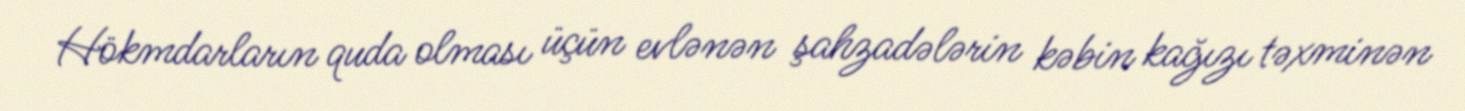
Hökmdarların quda olması üçün evlənən şahzadələrin kəbin kağızı təxminən